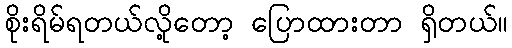
စိုးရိမ်ရတယ်လို့တော့ ပြောထားတာ ရှိတယ်။